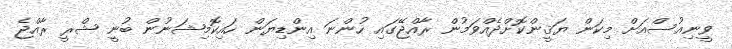
ވީނިއުސްއަށް މިކަން ޔަޤީންކޮށްދެއްވަމުން ރާއްޖޭގައި ހުންނަ އިންޑިޔަން ހައިކޮމިޝަނުން ބުނީ ޝްރީ ރާއްޖެ